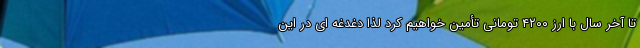
تا آخر سال با ارز ۴۲۰۰ تومانی تأمین خواهیم کرد لذا دغدغه ای در این